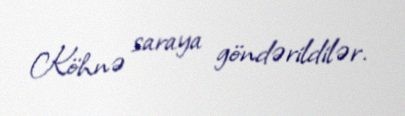
Köhnə saraya göndərildilər.